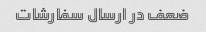
ضعف در ارسال سفارشات